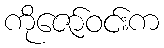
ကိုဇော်ဝင်းက